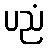
ပညံ